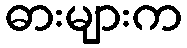
ဓားများက